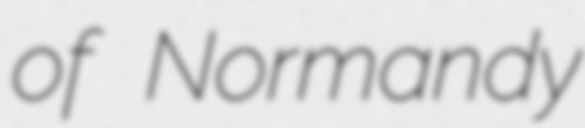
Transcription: of Normandy